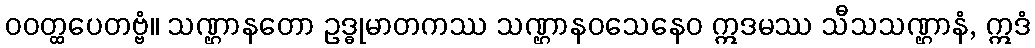
ဝဝတ္ထပေတဗ္ဗံ။ သဏ္ဌာနတော ဥဒ္ဓုမာတကဿ သဏ္ဌာနဝသေနေဝ ဣဒမဿ သီသသဏ္ဌာနံ, ဣဒံ